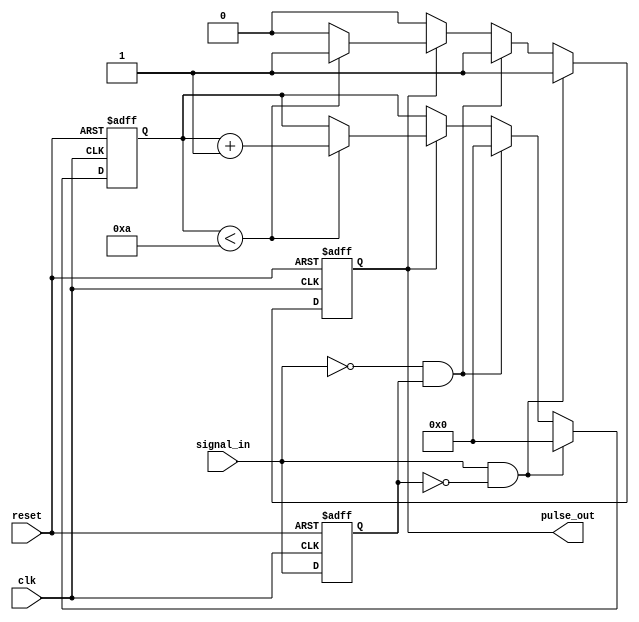
module MonostableEdgeDetector (
    input wire clk,            // Clock input
    input wire reset,          // Reset input
    input wire signal_in,      // Input signal to detect edges
    output reg pulse_out       // Output pulse signal
);

    // Parameters
    parameter PULSE_WIDTH = 10; // Pulse width in clock cycles

    // Internal signals
    reg signal_prev;            // Previous state of the input signal
    reg [3:0] pulse_counter;    // Counter for pulse width

    // Edge detection and pulse generation
    always @(posedge clk or posedge reset) begin
        if (reset) begin
            signal_prev <= 1'b0; // Initialize previous signal state
            pulse_out <= 1'b0;   // Initialize output pulse
            pulse_counter <= 0;   // Reset pulse counter
        end else begin
            // Edge detection logic
            if (signal_in && !signal_prev) begin
                // Rising edge detected
                pulse_out <= 1'b1; // Start pulse
                pulse_counter <= 0; // Reset pulse counter
            end else if (!signal_in && signal_prev) begin
                // Falling edge detected
                pulse_out <= 1'b1; // Start pulse
                pulse_counter <= 0; // Reset pulse counter
            end else if (pulse_out) begin
                // If pulse is active, increment the counter
                if (pulse_counter < PULSE_WIDTH) begin
                    pulse_counter <= pulse_counter + 1;
                end else begin
                    pulse_out <= 1'b0; // End pulse after specified width
                end
            end
            
            // Update previous signal state
            signal_prev <= signal_in;
        end
    end

endmodule